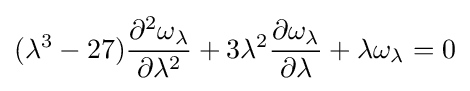
(\lambda ^{3}-27){\frac {\partial ^{2}\omega _{\lambda }}{\partial \lambda ^{2}}}+3\lambda ^{2}{\frac {\partial \omega _{\lambda }}{\partial \lambda }}+\lambda \omega _{\lambda }=0